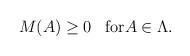
LaTeX: \begin{align*}M(A) \geq 0 \;\;\; {\rm for} A \in \Lambda.\end{align*}